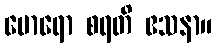
မောရော စရတိ ဧသနာ။